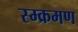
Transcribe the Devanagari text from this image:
स्म्क्रमण